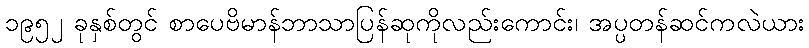
၁၉၅၂ ခုနှစ်တွင် စာပေဗိမာန်ဘာသာပြန်ဆုကိုလည်းကောင်း၊ အပ္ပတန်ဆင်ကလဲယား